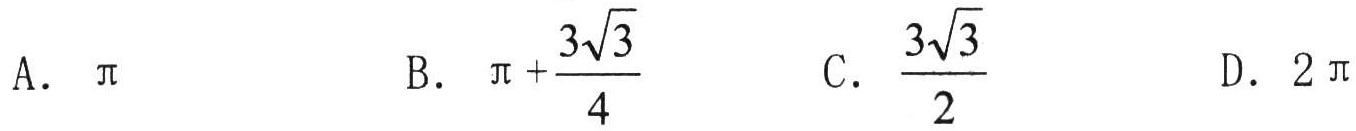
A. $\pi$

B. $\pi+\frac{3\sqrt{3}}{4}$

C. $\frac{3\sqrt{3}}{2}$

D. $2\pi$